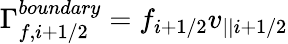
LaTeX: \Gamma_{f,i+1/2}^{boundary}=f_{i+1/2}v_{||i+1/2}